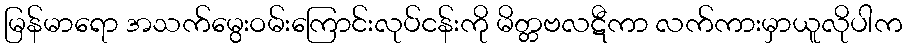
မြန်မာရော အသက်မွေးဝမ်းကြောင်းလုပ်ငန်းကို မိတ္တဗလဋီကာ လက်ကားမှာယူလိုပါက